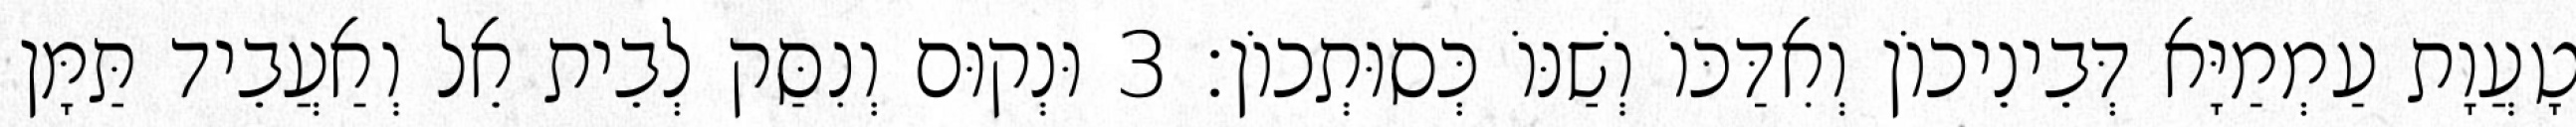
טָעֲוָת עַמְמַיָּא דְּבֵינֵיכוֹן וְאִדַּכּוֹ וְשַׁנּוֹ כְּסוּתְכוֹן׃ 3 וּנְקוּם וְנִסַּק לְבֵית אֵל וְאַעֲבֵיד תַּמָּן